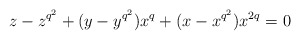
\begin{align*}z-z^{q^2}+(y-y^{q^2})x^q+(x-x^{q^2})x^{2q}=0\end{align*}